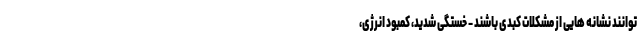
توانند نشانه هایی از مشکلات کبدی باشند - خستگی شدید، کمبود انرژی،